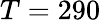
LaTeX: T=290